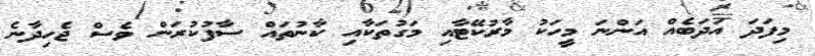
މިފަދަ އަދަބެއް އަންނަ މީހަކު މާރުކޭޓާއި މަގުތަކާއި ކާނުތައް ސާފުކުރަން ވެސް ޖެހިދާނެ